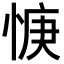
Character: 𫺝